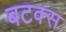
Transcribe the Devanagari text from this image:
बटक्स